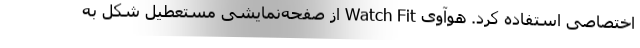
اختصاصی استفاده کرد. هوآوی Watch Fit از صفحه‌نمایشی مستعطیل شکل به